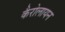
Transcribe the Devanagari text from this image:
कैरोलायन